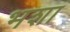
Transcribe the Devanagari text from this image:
भशा